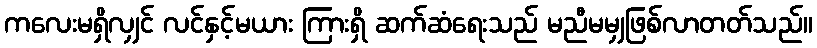
ကလေးမရှိလျှင် လင်နှင့်မယား ကြားရှိ ဆက်ဆံရေးသည် မညီမမျှဖြစ်လာတတ်သည်။